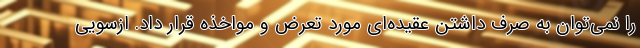
را نمی‌توان به صرف داشتن عقیده‌ای مورد تعرض و مواخذه قرار داد. ازسویی